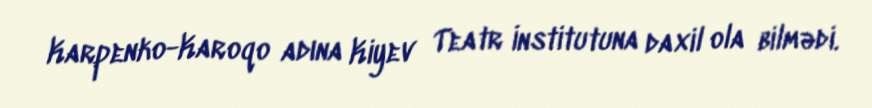
Karpenko-Karoqo adına Kiyev Teatr İnstitutuna daxil ola bilmədi.